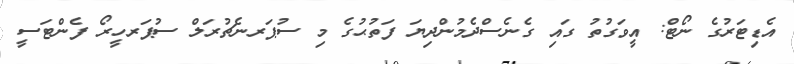
އެޑިޓަރުގެ ނޯޓް: އީވަގުތު ގައި ގެނެސްދެމުންދިޔަ ފަތުޙުގެ މި ސުޕަރނެޗުރަލް ސުޕަރހީރޯ ފެންޓަސީ